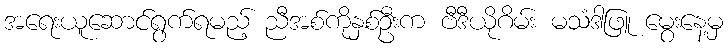
အရေးယူဆောင်ရွက်ရမည့် ညီအစ်ကိုနှစ်ဦးက ဗီဒီယိုဂိမ်း မသံဒါဖြူ မွေးနေ့မှ